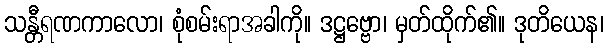
သန္တီရဏကာလော၊ စုံစမ်းရာအခါကို။ ဒဋ္ဌဗ္ဗော၊ မှတ်ထိုက်၏။ ဒုတိယေန၊